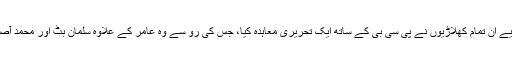
بعد ازاں پاکستان کرکٹ بورڈ کے سخت دباؤ اور اپنا کیریئر بچانے کے لیے ان تمام کھلاڑیوں نے پی سی بی کے ساتھ ایک تحریری معاہدہ کیا، جس کی رو سے وہ عامر کے علاوہ سلمان بٹ اور محمد آصف کی واپسی کی صورت میں ان کے ساتھ بھی کھیلنے کے پابند ہونگے۔